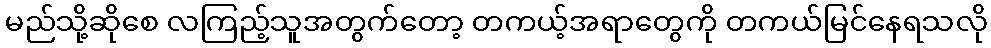
မည်သို့ဆိုစေ လကြည့်သူအတွက်တော့ တကယ့်အရာတွေကို တကယ်မြင်နေရသလို